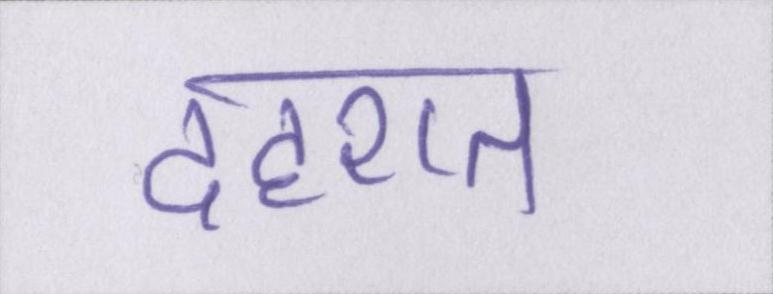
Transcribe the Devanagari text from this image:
दहशत